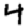
Digit: 4